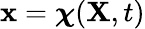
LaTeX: \mathbf{x}=\boldsymbol{\chi}(\mathbf{X},t)